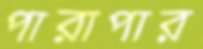
পারাপার